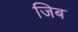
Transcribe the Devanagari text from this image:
जिब